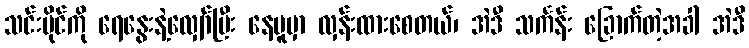
သင်းပိုင်ကို ရေနွေးနဲ့လျှော်ပြီး နေပူမှာ လှန်းထားစေတယ်၊ အဲဒီ သင်္ကန်း ခြောက်တဲ့အခါ အဲဒီ